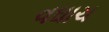
વઘાચ